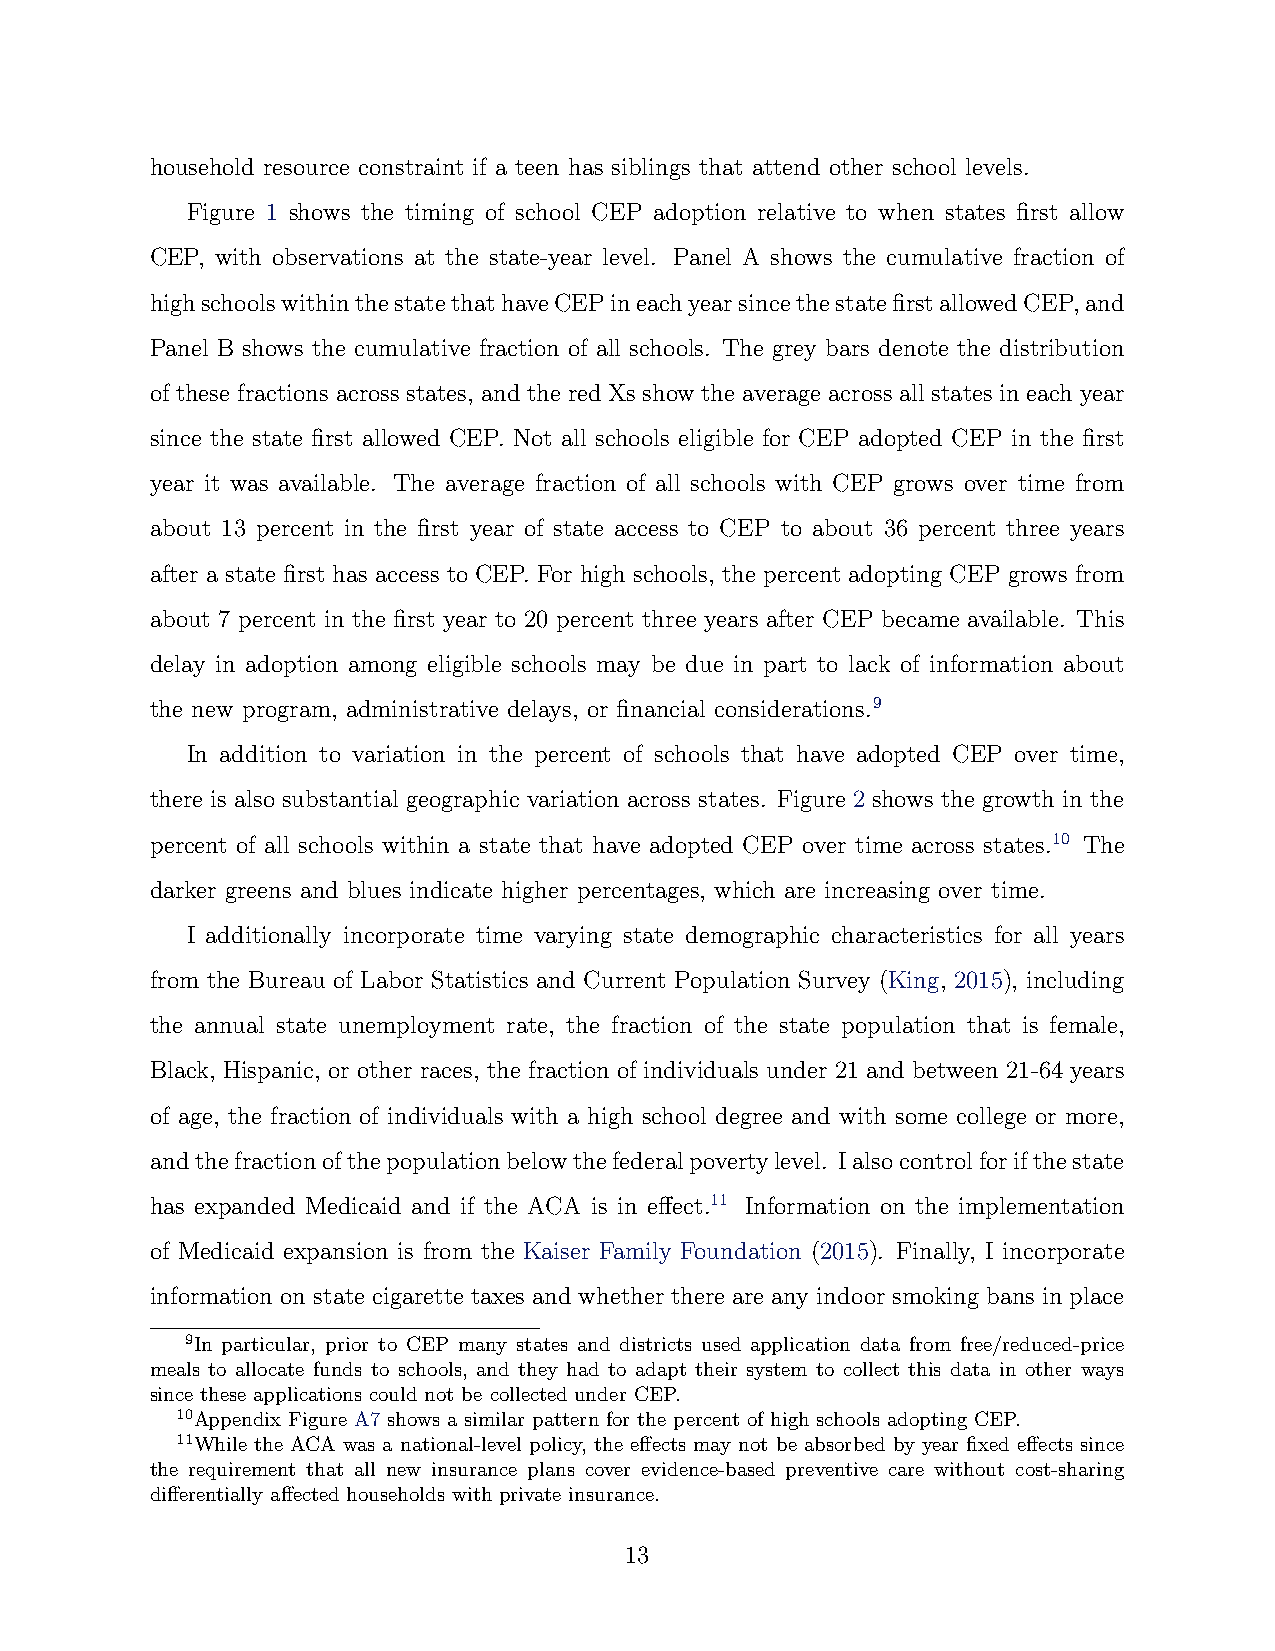
household resource constraint if a teen has siblings that attend other school levels.
 Figure 1 shows the timing of school CEP adoption relative to when states first allow
 CEP, with observations at the state-year level. Panel A shows the cumulative fraction of
 highschoolswithinthestatethathaveCEPineachyearsincethestatefirstallowedCEP,and
 Panel B shows the cumulative fraction of all schools. The grey bars denote the distribution
 of these fractions across states, and the red Xs show the average across all states in each year
 since the state first allowed CEP. Not all schools eligible for CEP adopted CEP in the first
 year it was available. The average fraction of all schools with CEP grows over time from
 about 13 percent in the first year of state access to CEP to about 36 percent three years
 after a state first has access to CEP. For high schools, the percent adopting CEP grows from
 about 7 percent in the first year to 20 percent three years after CEP became available. This
 delay in adoption among eligible schools may be due in part to lack of information about
 the new program, administrative delays, or financial considerations.9
 In addition to variation in the percent of schools that have adopted CEP over time,
 there is also substantial geographic variation across states. Figure 2 shows the growth in the
 percent of all schools within a state that have adopted CEP over time across states.10 The
 darker greens and blues indicate higher percentages, which are increasing over time.
 I additionally incorporate time varying state demographic characteristics for all years
 from the Bureau of Labor Statistics and Current Population Survey (King, 2015), including
 the annual state unemployment rate, the fraction of the state population that is female,
 Black, Hispanic, or other races, the fraction of individuals under 21 and between 21-64 years
 of age, the fraction of individuals with a high school degree and with some college or more,
 andthefractionofthepopulationbelowthefederalpovertylevel. Ialsocontrolforifthestate
 has expanded Medicaid and if the ACA is in effect.11 Information on the implementation
 of Medicaid expansion is from the Kaiser Family Foundation (2015). Finally, I incorporate
 information on state cigarette taxes and whether there are any indoor smoking bans in place
 9In particular, prior to CEP many states and districts used application data from free/reduced-price
 meals to allocate funds to schools, and they had to adapt their system to collect this data in other ways
 since these applications could not be collected under CEP.
 10Appendix Figure A7 shows a similar pattern for the percent of high schools adopting CEP.
 11While the ACA was a national-level policy, the effects may not be absorbed by year fixed effects since
 the requirement that all new insurance plans cover evidence-based preventive care without cost-sharing
 differentially affected households with private insurance.
 13